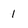
Character: 1